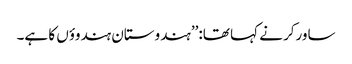
ساورکر نے کہا تھا:’’ہندوستان ہندوؤں کا ہے۔